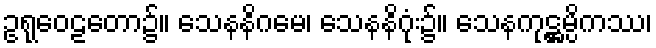
ဥရုဝေဠတော၌။ သေနနိဂမေ၊ သေနနိဂုံး၌။ သေနကုဋ္ဌမ္ပိကဿ၊